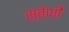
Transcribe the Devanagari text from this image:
स्वेणी